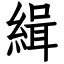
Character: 緝